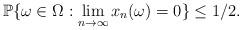
LaTeX: \begin{align*}\mathbb P\{\omega\in \Omega: \lim_{n\to \infty} x_n(\omega)=0\}\le 1/2.\end{align*}